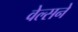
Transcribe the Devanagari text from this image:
वेल्सने